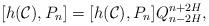
LaTeX: \begin{align*}[ h(\mathcal C) ,P_n] = [ h(\mathcal C) ,P_n] Q_{n-2 H}^{n+2H},\end{align*}